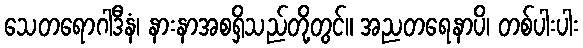
သေတရောဂါဒီနံ၊ နားနာအစရှိသည်တို့တွင်။ အညတရေနာပိ၊ တစ်ပါးပါး